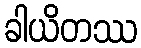
ခါယိတဿ